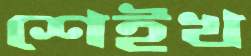
শেইখ